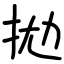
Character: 拋